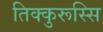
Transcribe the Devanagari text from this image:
तिक्कुरूस्सि